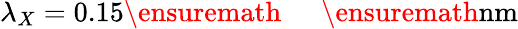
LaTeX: \lambda_{X}=0.15\ensuremath{\mathrm{~\textrm~{~\, ~}~}}\ensuremath{\mathrm{nm}}